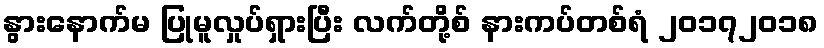
နွားနောက်မ ပြုမူလှုပ်ရှားပြီး လက်တို့စ် နားကပ်တစ်ရံ ၂၀၁၇၂၀၁၈